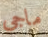
ماجى